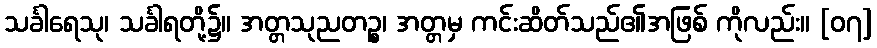
သင်္ခါရေသု၊ သင်္ခါရတို့၌။ အတ္တသုညတဉ္စ၊ အတ္တမှ ကင်းဆိတ်သည်၏အဖြစ် ကိုလည်း။ [၀၇]